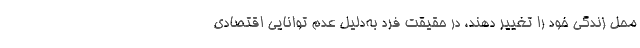
محل زندگی خود را تغییر دهند، در حقیقت فرد به‌دلیل عدم توانایی اقتصادی